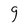
Character: g